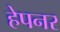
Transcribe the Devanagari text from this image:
हेपनर